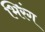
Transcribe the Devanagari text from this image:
भिरंग